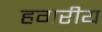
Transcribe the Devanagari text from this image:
हगरीय